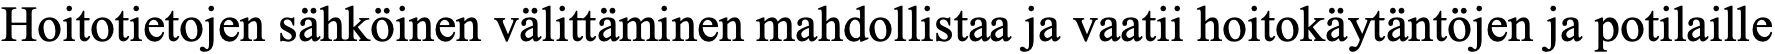
Hoitotietojen sähköinen välittäminen mahdollistaa ja vaatii hoitokäytäntöjen ja potilaille